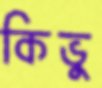
কিভু